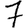
Digit: 7